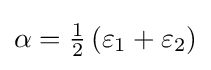
{\textstyle \alpha ={\frac {1}{2}}\left(\varepsilon _{1}+\varepsilon _{2}\right)}